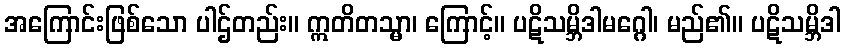
အကြောင်းဖြစ်သော ပါဌ်တည်း။ ဣတိတသ္မာ၊ ကြောင့်။ ပဋိသမ္ဘိဒါမဂ္ဂေါ၊ မည်၏။ ပဋိသမ္ဘိဒါ